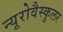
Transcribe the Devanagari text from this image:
न्यूरोवैस्कुलर